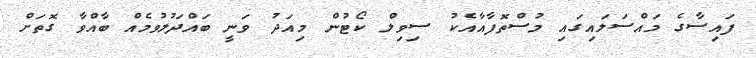
ފައިސާގެ މައްސަލައިގައި މުސްތޮފާއާއެކު ސިވިލް ކޯޓުން މިއަދު ވަނީ ބައްދަލުވުމެއް ބާއްވާ ގޮތަށް